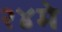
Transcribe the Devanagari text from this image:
२४मे